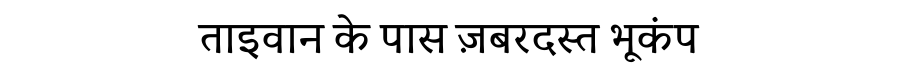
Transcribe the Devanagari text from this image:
ताइवान के पास ज़बरदस्त भूकंप